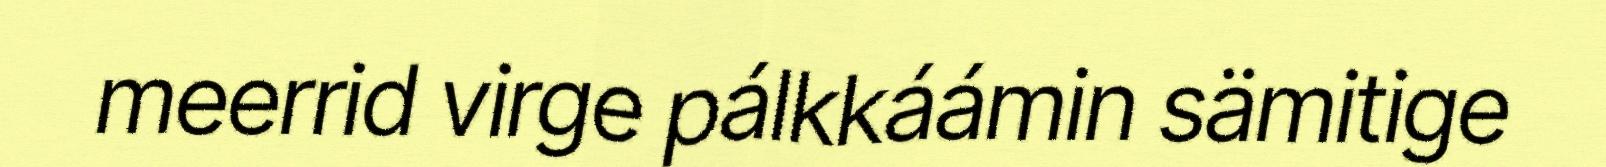
meerrid virge pálkkáámin sämitige